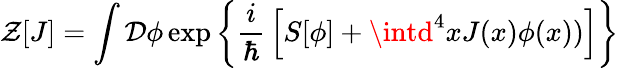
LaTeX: \mathcal{Z}[J]=\int{\mathcal{{D}}}\phi\exp\left\{ {\frac{{i}}{{\hbar}}}\left[S[\phi]+\intd^{4}xJ(x)\phi(x))\right]\right\}